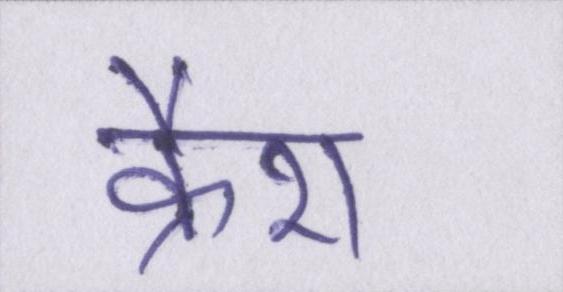
क्रैश